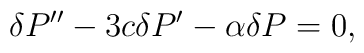
\delta P'' - 3 c \delta P' - \alpha \delta P=0,